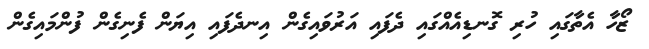
ޒޯހާ އެތާގައި ހުރި ގޮނޑިއެއްގައި ދެފައި އަރުވައިގެން އިނދެފައި އިޔަން ފެނިގެން ފުންމައިގެން